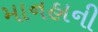
માનહાની